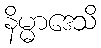
နိမ္မာဒေသိ